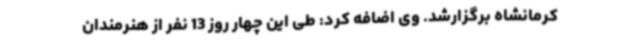
کرمانشاه برگزارشد. وی اضافه کرد: طی این چهار روز 13 نفر از هنرمندان